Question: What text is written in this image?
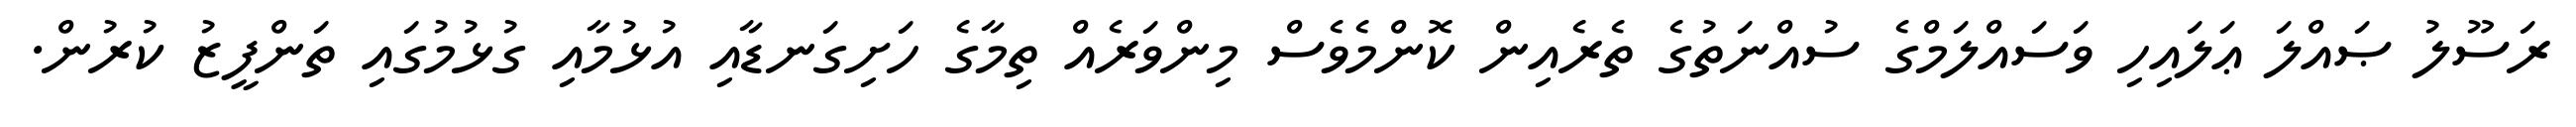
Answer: ރަސޫލު ޞައްލަ ޢަލައިހި ވަސައްލަމްގެ ސުއްނަތުގެ ތެރެއިން ކޮންމެވެސް މިންވަރެއް ތިމާގެ ހަށިގަނޑާއި އުޅުމާއި ގުޅުމުގައި ތަންފީޒު ކުރުން.